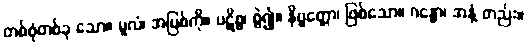
တစ်စုံတစ်ခု သော။ မူလံ၊ အမြစ်ကို။ ပဋိစ္စ၊ စွဲ၍။ နိဗ္ဗတ္တော၊ ဖြစ်သော။ ဂန္ဓော၊ အနံ့ တည်း။